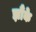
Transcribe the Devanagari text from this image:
झौंके